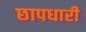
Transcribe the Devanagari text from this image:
छापधारी